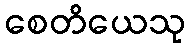
စေတိယေသု